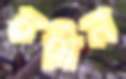
চষিল